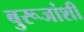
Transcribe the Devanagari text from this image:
बुरूजांशी